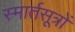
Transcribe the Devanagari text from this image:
स्मार्तसूत्रों